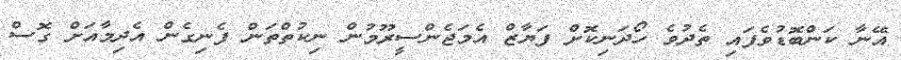
އޭނާ ކަންބޮޑުވެފައި ތެދުވެ ހޯދަނިކޮށް ފަޔާޒް އެމަޖެންސީރޫމުން ނިކުތްތަން ފެނިގެން އެދިމާއަށް ގޮސް